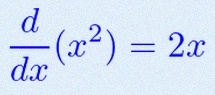
\frac{d}{dx}(x^2)=2x